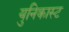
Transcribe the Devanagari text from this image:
युनिकास्ट